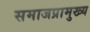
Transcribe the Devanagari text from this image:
समाजप्रामुख्य